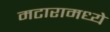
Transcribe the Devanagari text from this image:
मटारामध्ये